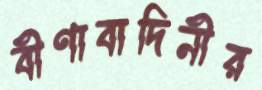
বীণাবাদিনীর